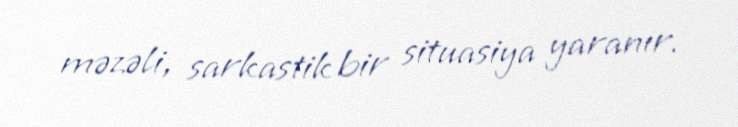
məzəli, sarkastik bir situasiya yaranır.